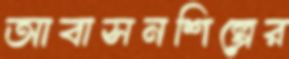
আবাসনশিল্পের